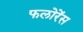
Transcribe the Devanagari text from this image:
फलोरेंस